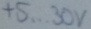
Text: +5...30V